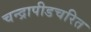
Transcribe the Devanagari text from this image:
चन्द्रापीडचरित